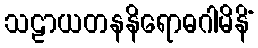
သဠာယတနနိရောဓဂါမိနိံ